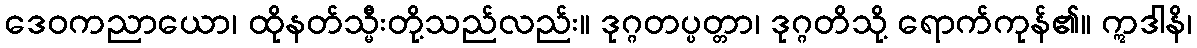
ဒေဝကညာယော၊ ထိုနတ်သ္မီးတို့သည်လည်း။ ဒုဂ္ဂတပ္ပတ္တာ၊ ဒုဂ္ဂတိသို့ ရောက်ကုန်၏။ ဣဒါနိ၊